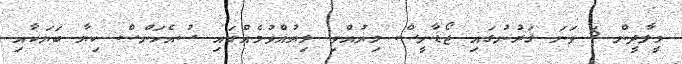
މީލާދީން 6 ވަނަ ޤަރުނުގައި ޖޯޑާނީސް ލިޔުއްވި ލިޔުއްވުމެއްގައި ސުއެހަންސް ކިޔާ ބަޔަކާއި